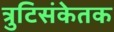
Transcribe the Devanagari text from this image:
त्रुटिसंकेतक